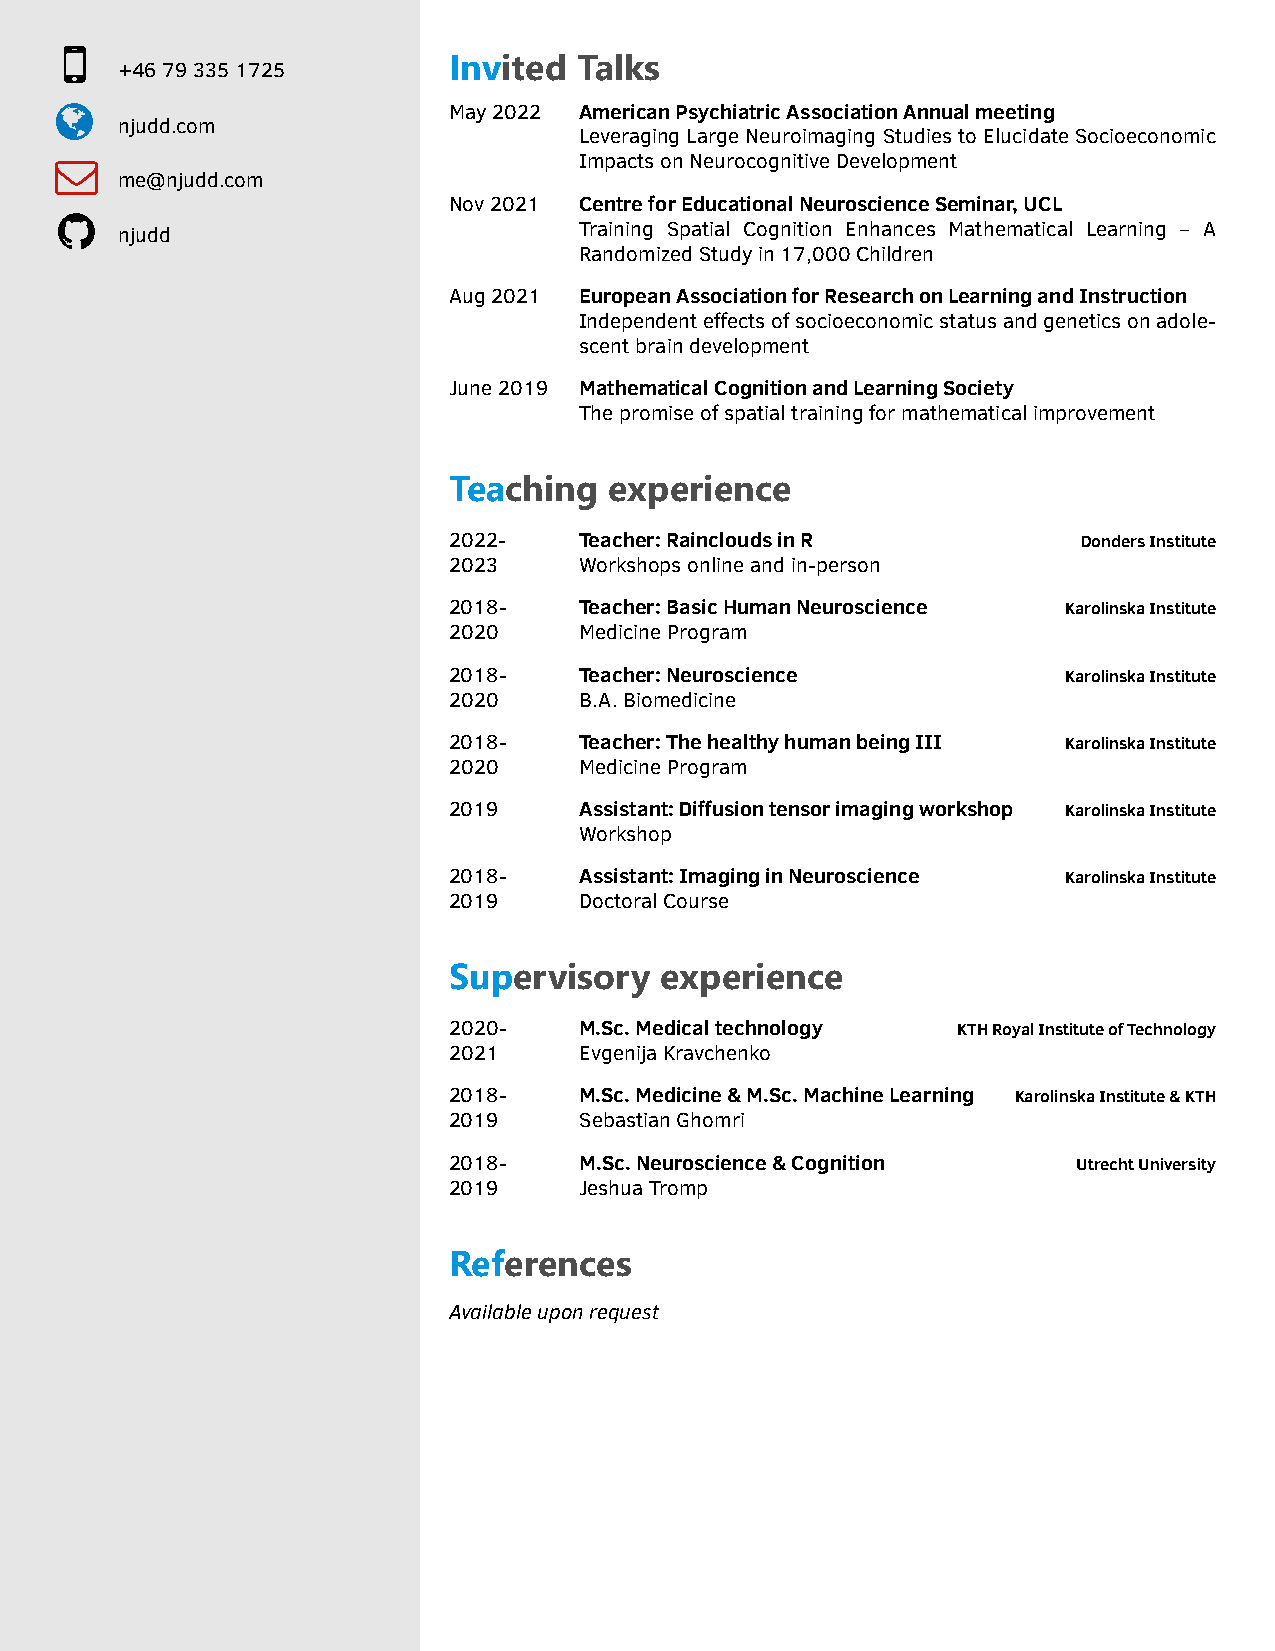

 Invited Talks
 +46793351725
                          May2022 AmericanPsychiatricAssociationAnnualmeeting
 njudd.com
 LeveragingLargeNeuroimagingStudiestoElucidateSocioeconomic
                                  ImpactsonNeurocognitiveDevelopment
 me@njudd.com
 Nov2021 CentreforEducationalNeuroscienceSeminar,UCL
 
 njudd                         Training Spatial Cognition Enhances Mathematical Learning – A
 RandomizedStudyin17,000Children
 Aug2021 EuropeanAssociationforResearchonLearningandInstruction
 Independenteffectsofsocioeconomicstatusandgeneticsonadole-
 scentbraindevelopment
 June2019 MathematicalCognitionandLearningSociety
 Thepromiseofspatialtrainingformathematicalimprovement
 Teaching  experience
 2022-   Teacher:RaincloudsinR             DondersInstitute
 2023    Workshopsonlineandin-person
 2018-   Teacher:BasicHumanNeuroscience   KarolinskaInstitute
 2020    MedicineProgram
 2018-   Teacher:Neuroscience             KarolinskaInstitute
 2020    B.A.Biomedicine
 2018-   Teacher:ThehealthyhumanbeingIII  KarolinskaInstitute
 2020    MedicineProgram
 2019    Assistant:Diffusiontensorimagingworkshop KarolinskaInstitute
 Workshop
 2018-   Assistant:ImaginginNeuroscience  KarolinskaInstitute
 2019    DoctoralCourse
 Supervisory   experience
 2020-   M.Sc.Medicaltechnology   KTHRoyalInstituteofTechnology
 2021    EvgenijaKravchenko
 2018-   M.Sc.Medicine&M.Sc.MachineLearning KarolinskaInstitute&KTH
 2019    SebastianGhomri
 2018-   M.Sc.Neuroscience&Cognition      UtrechtUniversity
 2019    JeshuaTromp
 References
 Availableuponrequest